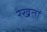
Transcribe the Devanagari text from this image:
रेखतों